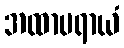
အထာပရာယံ